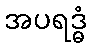
အပရဒ္ဓံ